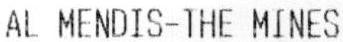
AL MENDIS-THE MINES